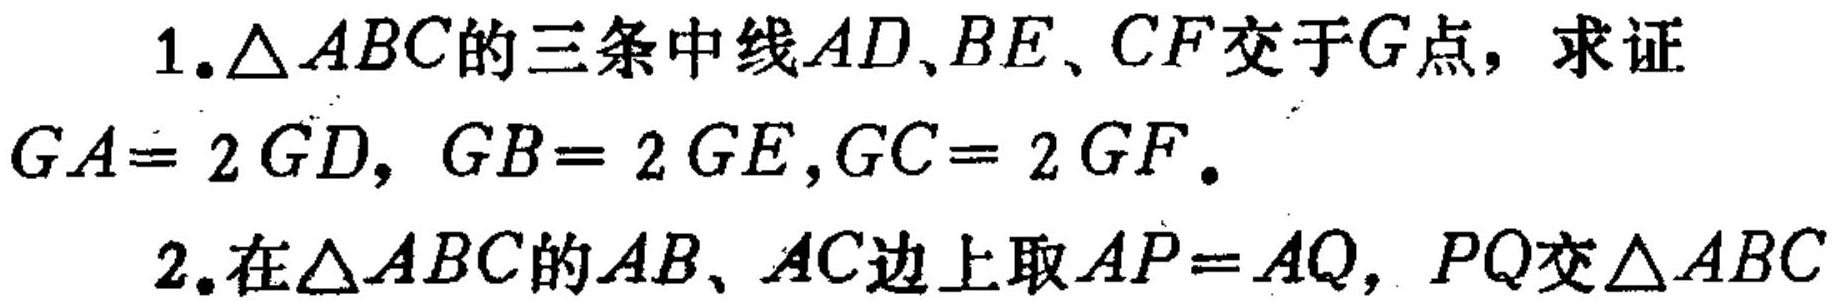
1. \(\triangle ABC\)的三条中线\(AD\)、\(BE\)、\(CF\)交于\(G\)点，求证
\(GA = 2GD\)，\(GB = 2GE\)，\(GC = 2GF\)。
2. 在\(\triangle ABC\)的\(AB\)、\(AC\)边上取\(AP = AQ\)，\(PQ\)交\(\triangle ABC\)